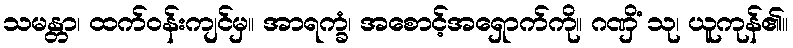
သမန္တာ၊ ထက်ဝန်းကျင်မှ။ အာရက္ခံ၊ အစောင့်အရှောက်ကို။ ဂဏှိံ သု၊ ယူကုန်၏။